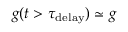
g ( t > \tau _ { \mathrm { d e l a y } } ) \simeq g